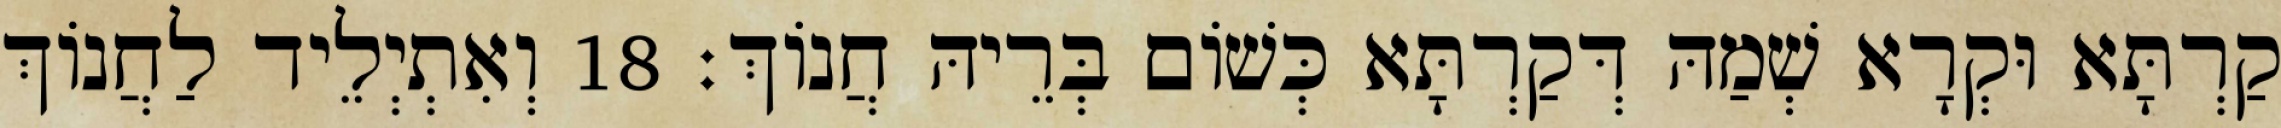
קַרְתָּא וּקְרָא שְׁמַהּ דְּקַרְתָּא כְּשׁוֹם בְּרֵיהּ חֲנוֹךְ׃ 18 וְאִתְיְלֵיד לַחֲנוֹךְ